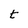
Character: t